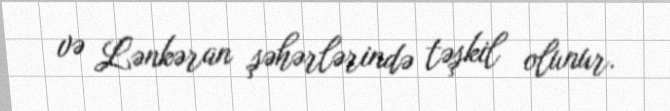
və Lənkəran şəhərlərində təşkil olunur.